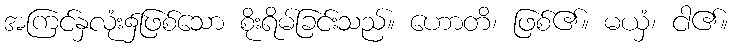
အကြင်နှလုံး၌ဖြစ်သော စိုးရိမ်ခြင်းသည်။ ဟောတိ၊ ဖြစ်၏။ မယှံ၊ ငါ၏။